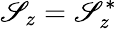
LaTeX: \mathscr{S}_{z}=\mathscr{S}_{z}^{*}